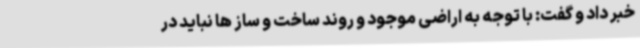
خبر داد و گفت: با توجه به اراضی موجود و روند ساخت و ساز ها نباید در